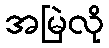
အမြဲလို